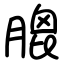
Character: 膍